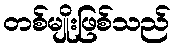
တစ်မျိုးဖြစ်သည်